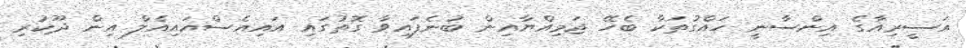
އަސީރިއާގެ އިންސާނީ ހައްގުތަކާ ބެހޭ ޖަމިއްޔާއިން ބުނެފައިވާ ގޮތުގައި އައިއެސްއައިއެލް އިން ދޫކުރި